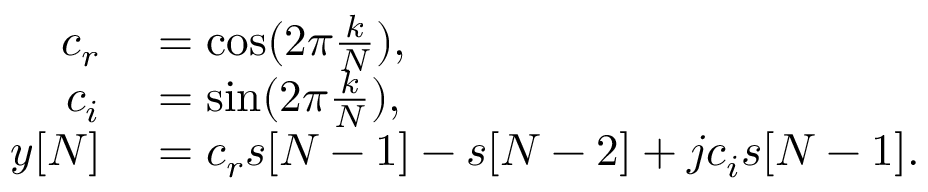
\begin{array} { r l } { c _ { r } } & { { } = \cos ( 2 \pi { \frac { k } { N } } ) , } \\ { c _ { i } } & { { } = \sin ( 2 \pi { \frac { k } { N } } ) , } \\ { y [ N ] } & { { } = c _ { r } s [ N - 1 ] - s [ N - 2 ] + j c _ { i } s [ N - 1 ] . } \end{array}